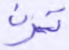
ترن